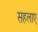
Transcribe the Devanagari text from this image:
सहलाए